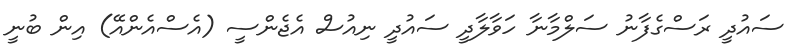
ސައުދީ ރަސްގެފާނު ސަލްމާނާ ހަވާލާދީ ސައުދީ ނިއުސް އެޖެންސީ (އެސްއެންއޭ) އިން ބުނީ